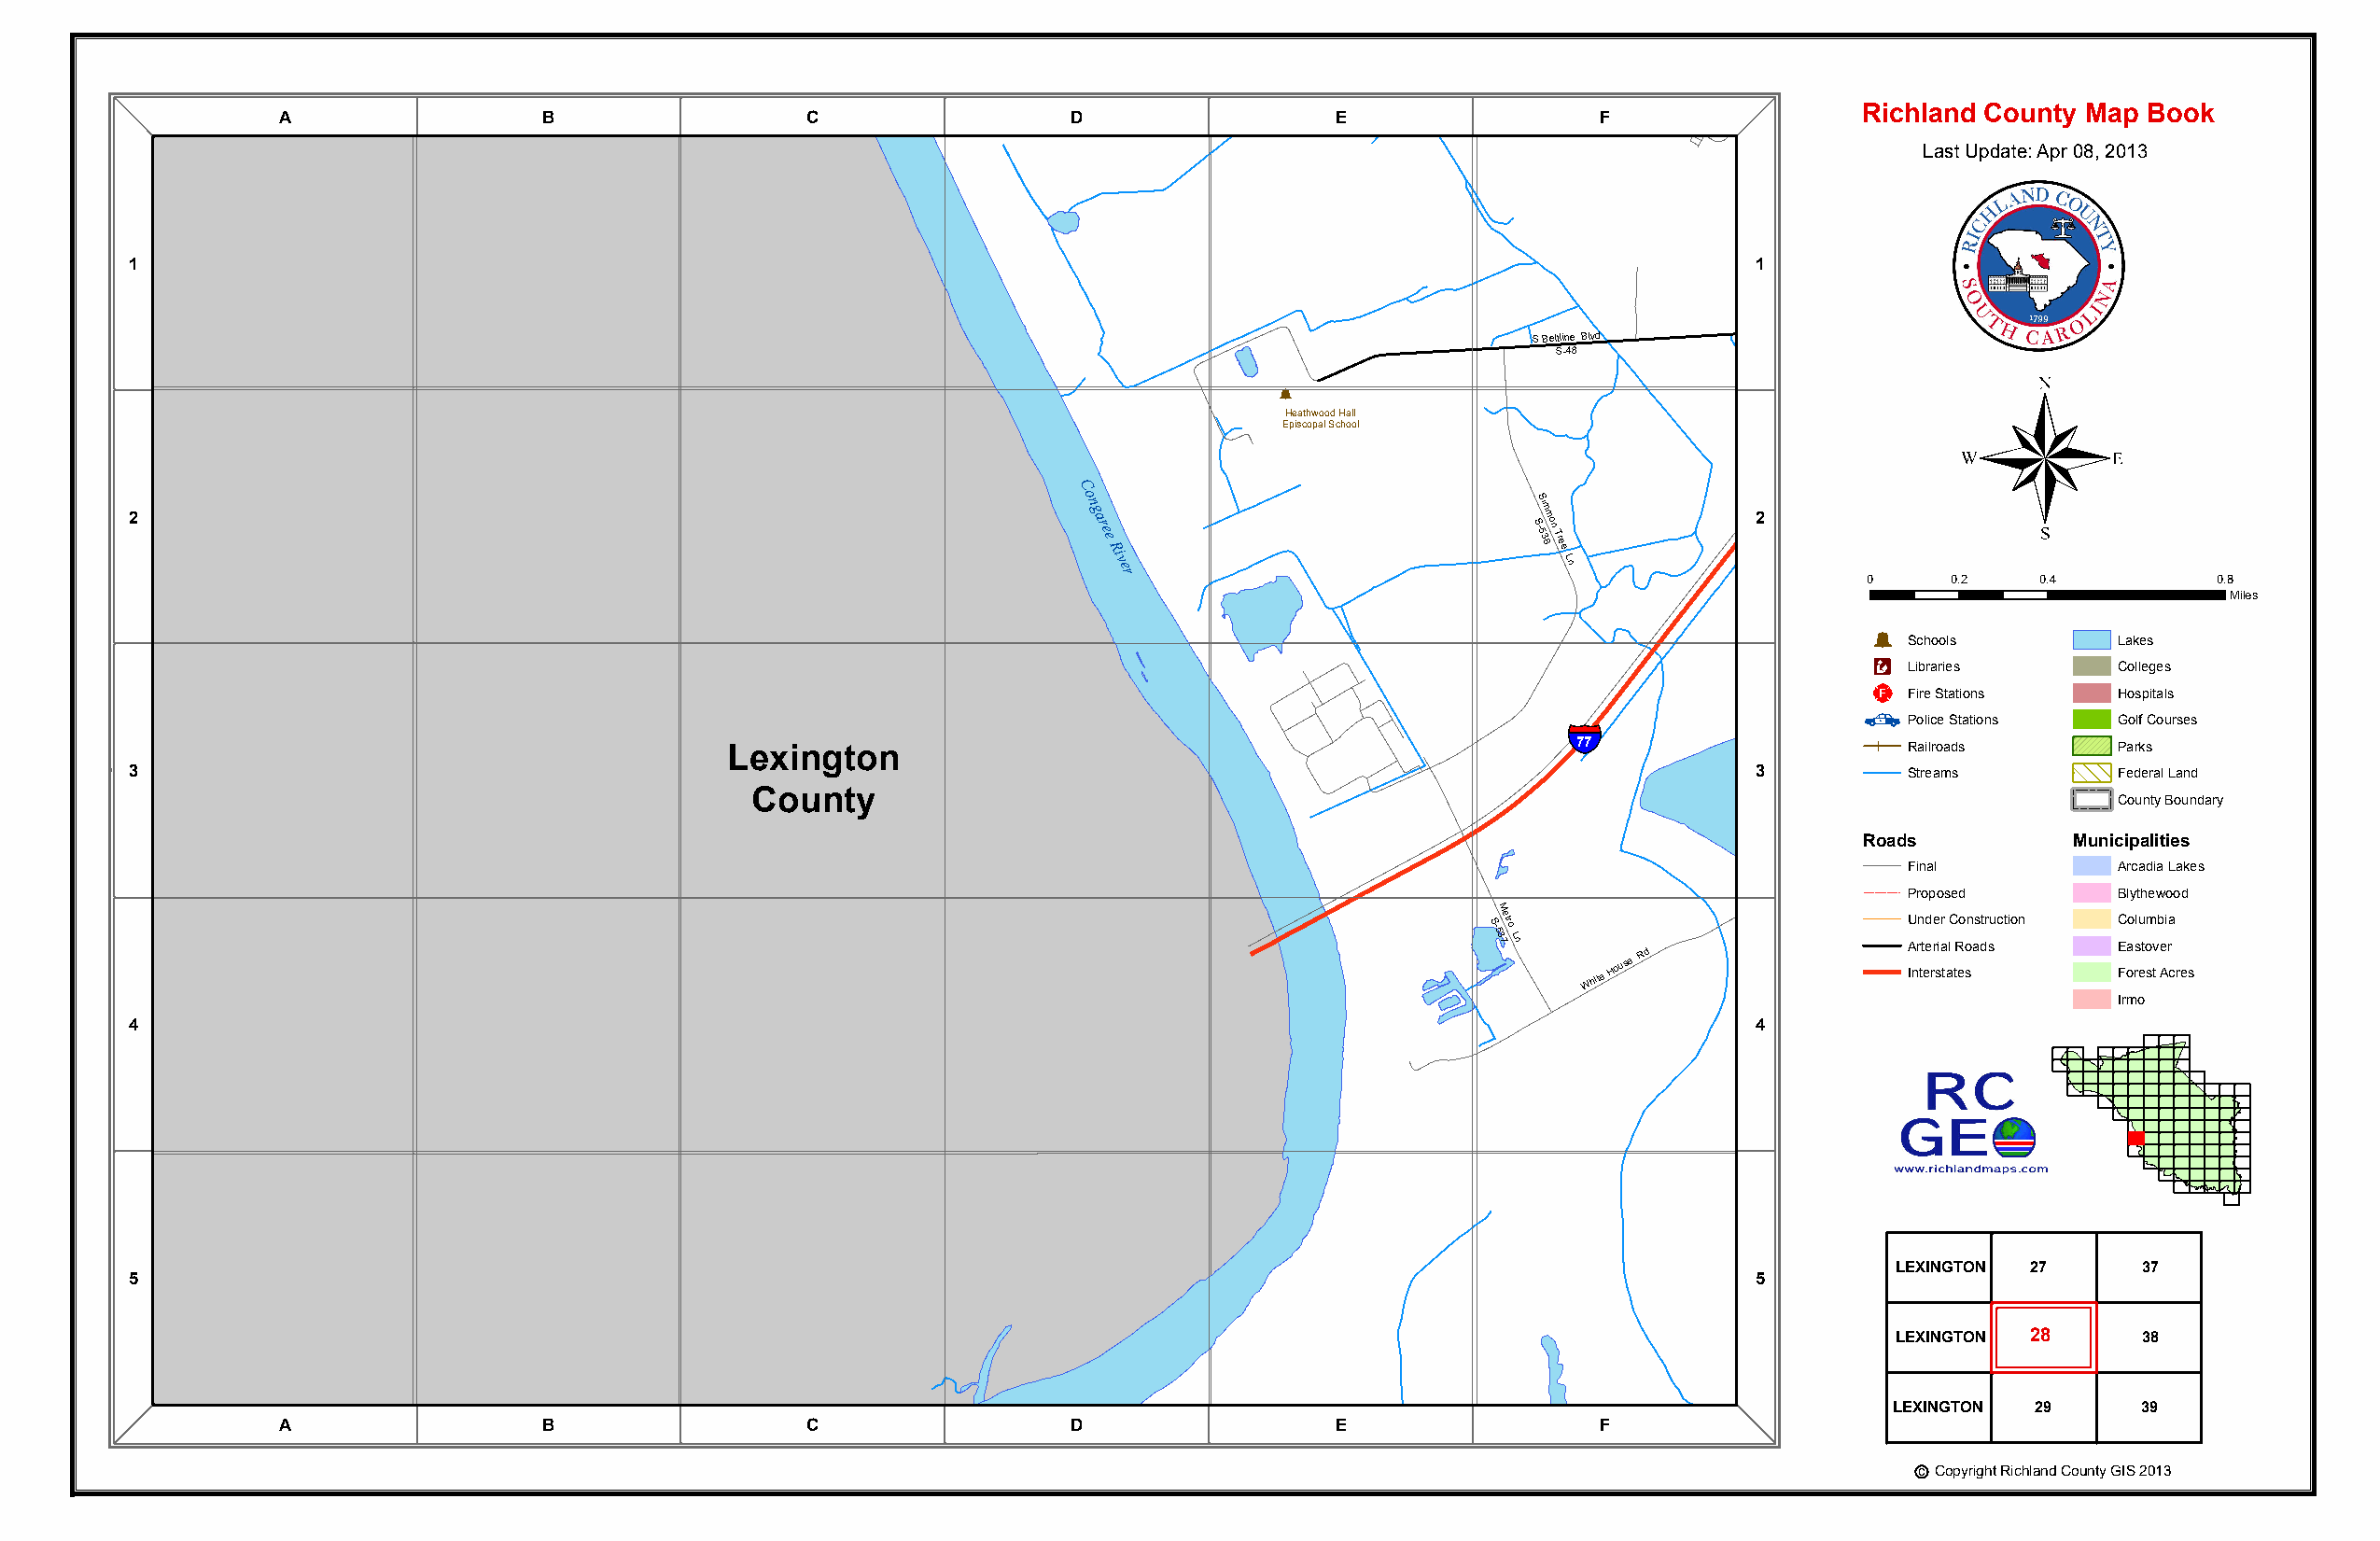
A                 B                  C                  D                  E
 S u Cg
 h
 a
 i
 lr
 B
 d
 SH
 -
 asi r2l
 S
 l
 n1 S
 -
 e8
 2tL
 s7
 7n
 9S
 6
 tP
 R
 t S iu lga er SH yil l
 E
 S PRCt
 F
 t
 A
 Mh C
 Ee
 i
 r Rc
 l Nd
 C Kt
 s
 IR Til ey
 L Yn S Z -1io 5n 6 9 Ave Bla Si -r
 1
 5R 6d 8 OPBl 4air S - 81R 5d 68
 S-B
 1S 3lu-24
 f
 4
 f
 3 W A Rste A dr C ir S PH AS I-24 N44 RG KTO RN
 ichland County Map Book
 Southe Dr
 r
 n
 Last Update: Apr 08, 2013
 1                                                                                                                   1
 S Beltline Blvd
 S Beltline Blvd      S-48
 S-48
 ®
 Þ
 §¨¦
 Heathwood Hall
 Episcopal School                       77
 2
 C
 o n g a r
 e e
 Ri
 v
 er
 S -S 5i 3m 8m on
 Tree
 Ln
 2
 0     0.2    0.4         0.8
 Miles
 Þ
 Schools        Lakes
 Æc
 Libraries      Colleges
 _¨
 Fire Stations  Hospitals
 §¨¦                     Police Stations Golf Courses
 77                     Railroads      Parks
 Lexington
 3                                                                                                                   3         Streams        Federal Land
 County                                                                                           County Boundary
 Roads          Municipalities
 White
 House Rd Final        Arcadia Lakes
 Proposed       Blythewood
 S-5 3M 7etro
 Ln
 White
 House
 Rd
 Northeast
 Fwy     IAU nrn
 tt
 ed
 e
 re
 r
 sir
 a
 t
 alC
 tR
 eo
 o
 sn as dtr suction C
 E
 Foao rslu etom
 sv
 t
 b
 e
 Ai ra
 cres
 Irmo
 4                                                                                                                   4
 LEXINGTON 27      37
 5                                                                                                                   5
 LEXINGTON 28      38
 LEXINGTON 29      39
 A                 B                  C                  D                  E                 F
 c Copyright Richland County GIS 2013
 Gills Creek